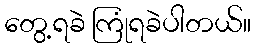
တွေ့ရခဲ ကြုံရခဲပါတယ်။